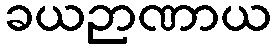
ခယဉာဏာယ